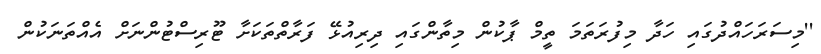
''މިސަރަހައްދުގައި ހަދާ މިފުރަތަމަ ތީމް ޕާކުން މިތާންގައި ދިރިއުޅޭ ފަރާތްތަކަށާ ޓޫރިސްޓުންނަށް އެއްތަނަކުން